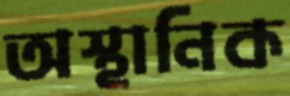
অস্থানিক